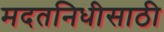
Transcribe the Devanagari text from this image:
मदतनिधीसाठी